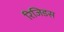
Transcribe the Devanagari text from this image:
रिजिडस